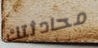
محادثتك